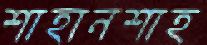
শাহানশাহ